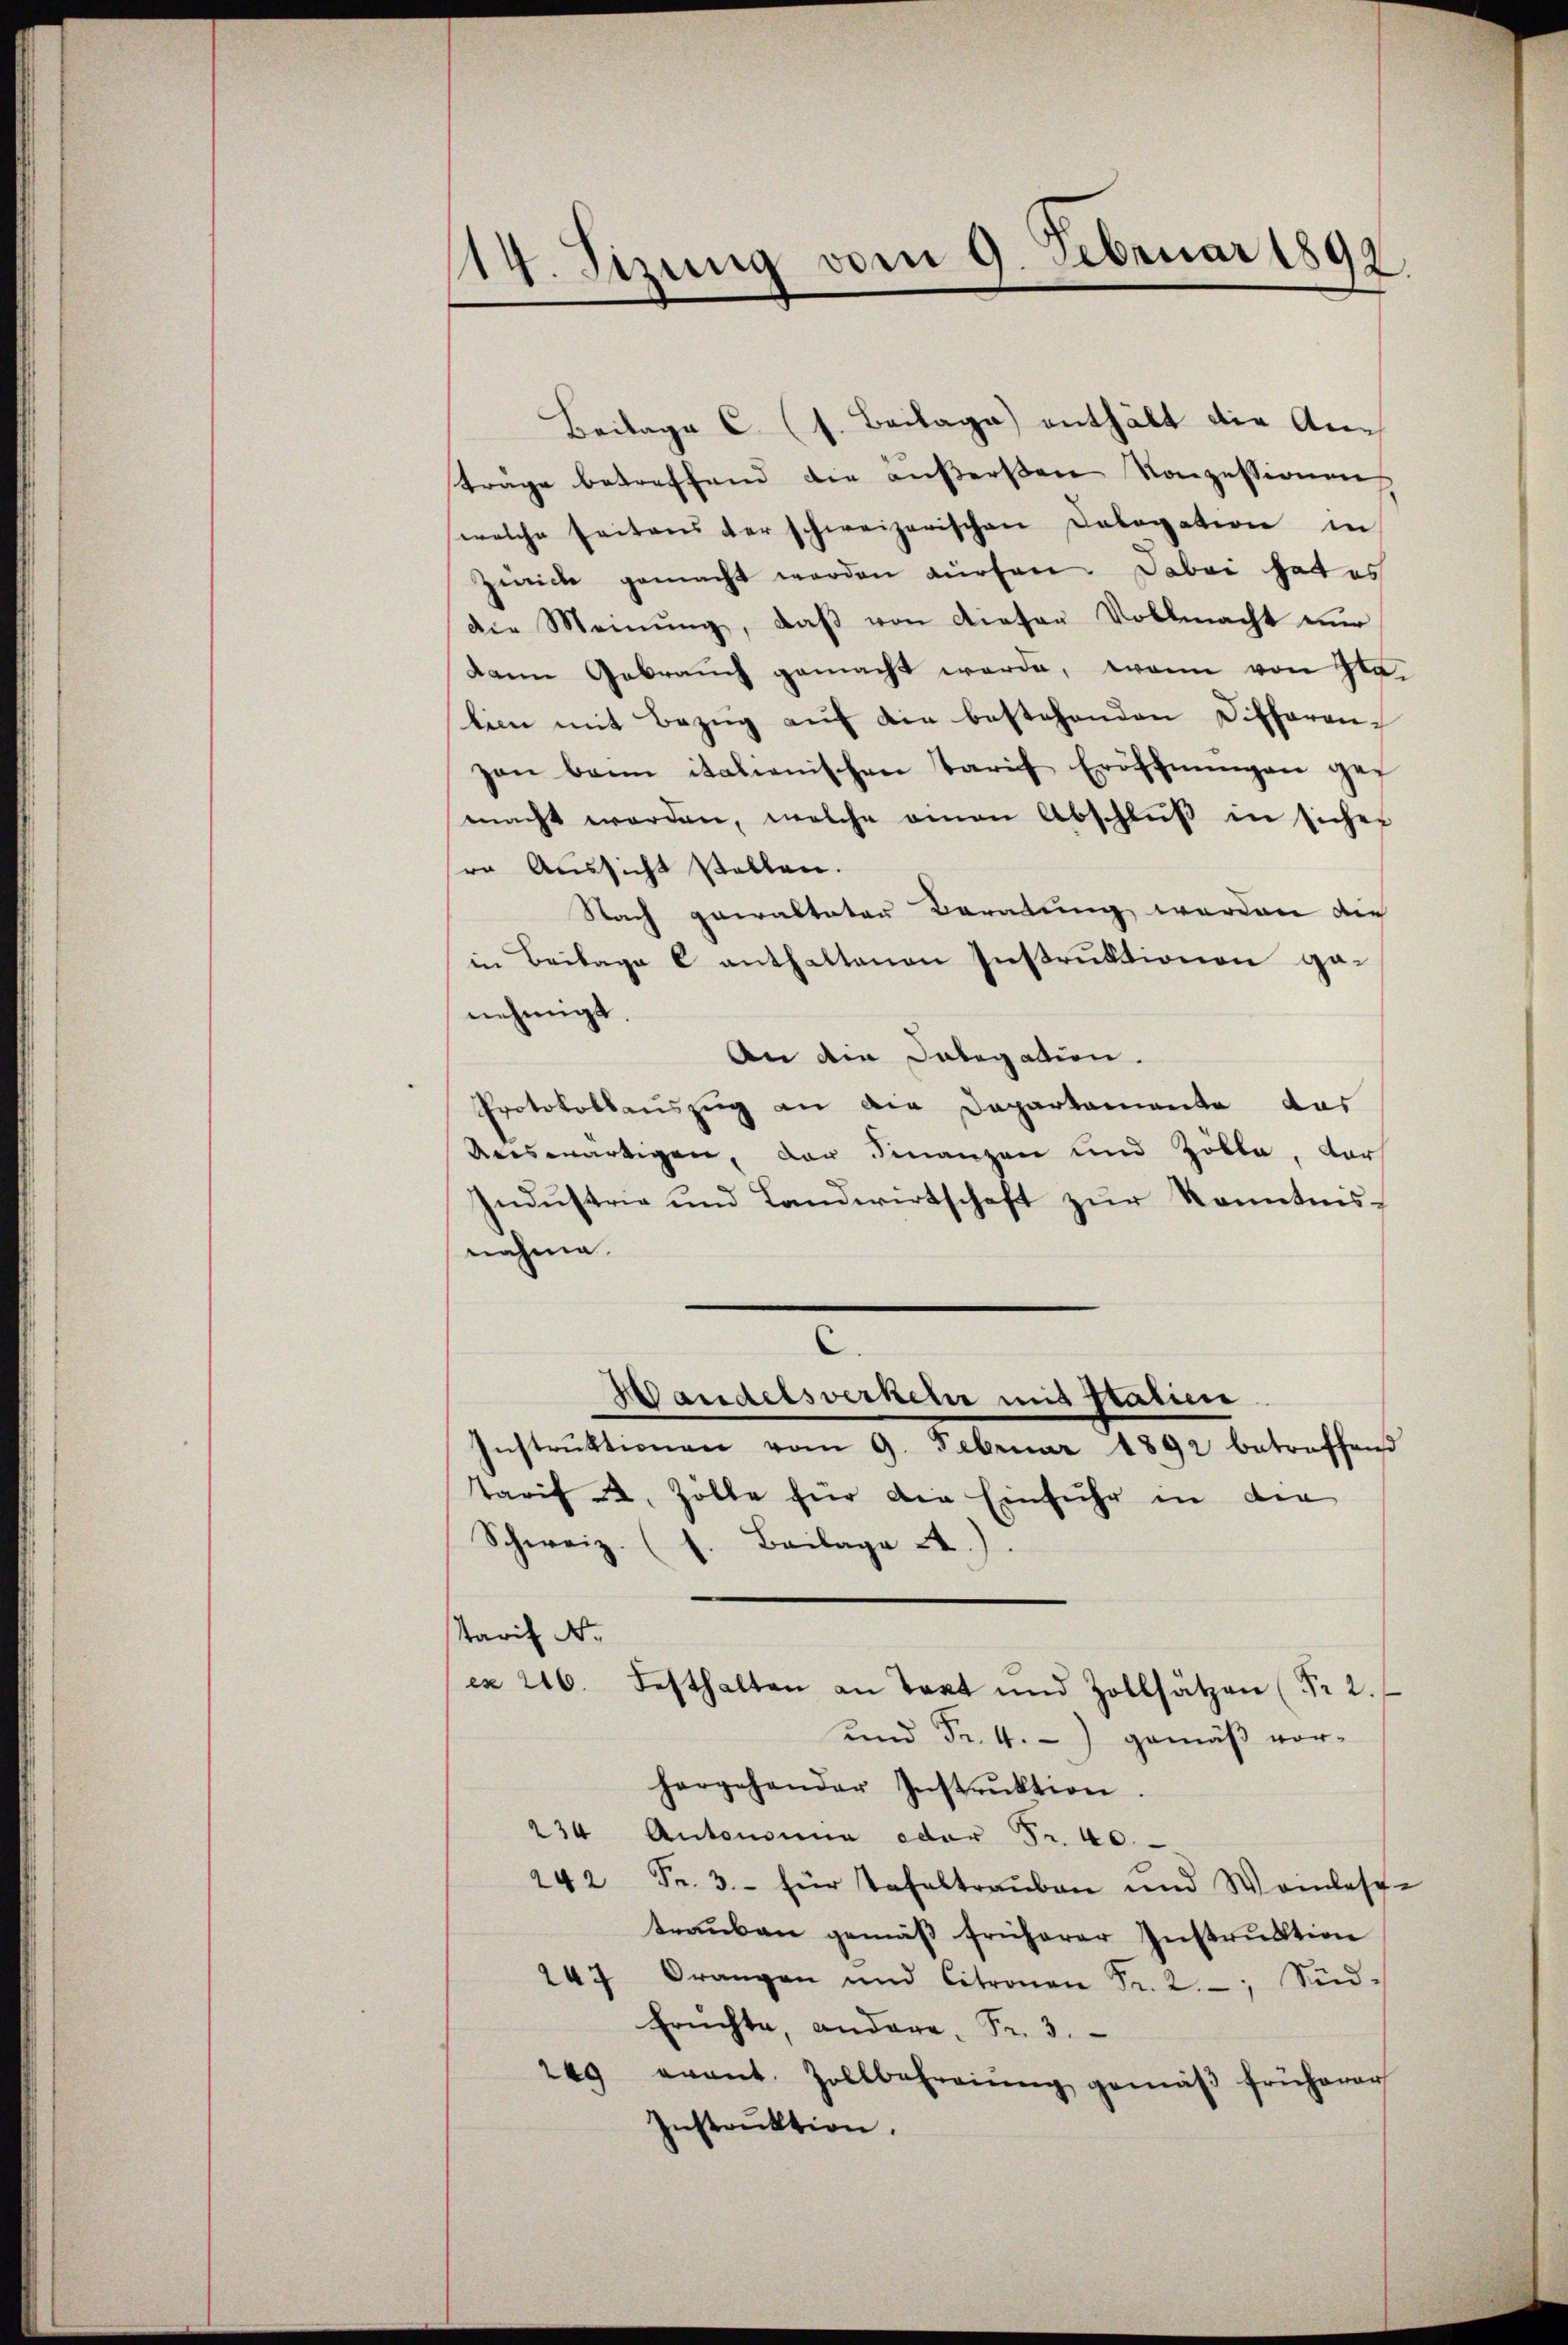
114. Sizung vom 9. Februar 1892.

Beilage C. (s. Beilage enthält die Antrage betreffend die aŭβersen Konzessionen
welche seitens der schweizerischen Cologation in
Zürich gemacht werden dürfen. Dabei hat es
die Meinŭng, daβ von Rieten Vollmacht ver
dann Gebrauch gemacht werde, wann von Gla-
lien mit Bezug auf die bestehenden Differenzen bann italienischen Tarif Eröffnungen ges
macht werden, welche amen Abschlŭβ in sicher
ro Aussicht stellen.
Nach gewalteten Beratung werden die
in Beilage b enthaltenen Instruktionen ga-
nehmigt.
An die Dabegation.
Protokollauszug an die Departamente das
Aeeswärtigen, der Finanzen und Zölle, vor
Industrie und Landwirtschaft zur Kenntnisnahme.
C.
Wandelsverkeln mit statien
Instrŭktionen vom 9. Februar 1892 betreffend
Tarif 2. Zolle für die Einfuhr in die
Schweiz. (s. Beilage A.).
tarif Nr.
cx 216. Festhalten an Taxt und Zollsätzen (Pr 2.
und Fr. 4.) gemäß vor-
hergehander Instrŭktion.
234 Antonsina oder Fr. 40.
242 Fr. 3.- für Tafeltraŭben und Weinlesche
trauben gemäß früherer Instruktion
247 Orangen und Citronen Fr. 2. Sid-
Erŭchta, andere Fr. 3.
209 evant. Zollbefreiung gemäβ früherer
Instrŭktion.